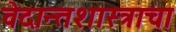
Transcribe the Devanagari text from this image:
वेदान्तशास्त्राचा